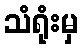
သံရုံးမှ